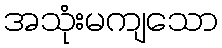
အသုံးမကျသော